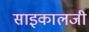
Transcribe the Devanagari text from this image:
साइकालजी